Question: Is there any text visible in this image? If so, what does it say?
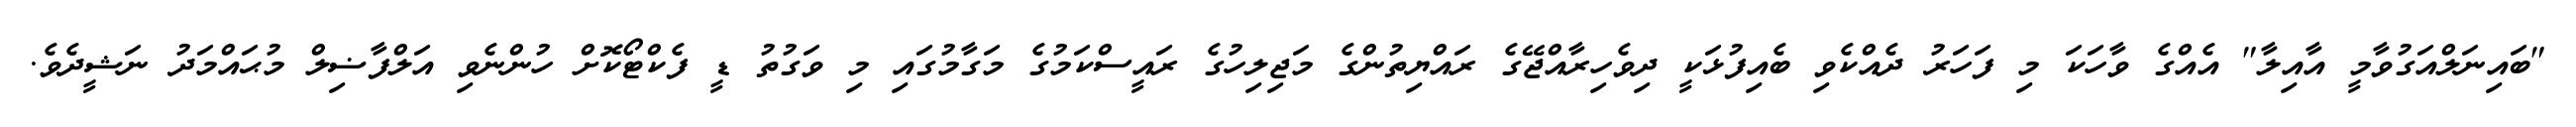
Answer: "ބައިނަލްއަގުވާމީ އާއިލާ" އެއްގެ ވާހަކަ މި ފަހަރު ދެއްކެވި ބެއިފުޅަކީ ދިވެހިރާއްޖޭގެ ރައްޔިތުންގެ މަޖިލިހުގެ ރައީސްކަމުގެ މަގާމުގައި މި ވަގުތު ޑީ ފެކްޓޯކޮށް ހުންނެވި އަލްފާޟިލް މުޙައްމަދު ނަޝީދެވެ.